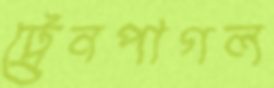
ট্রেনপাগল